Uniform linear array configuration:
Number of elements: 4
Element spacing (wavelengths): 1
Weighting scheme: uniform
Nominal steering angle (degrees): -30
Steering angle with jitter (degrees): -29.125
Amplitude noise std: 0.05
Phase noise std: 0.05

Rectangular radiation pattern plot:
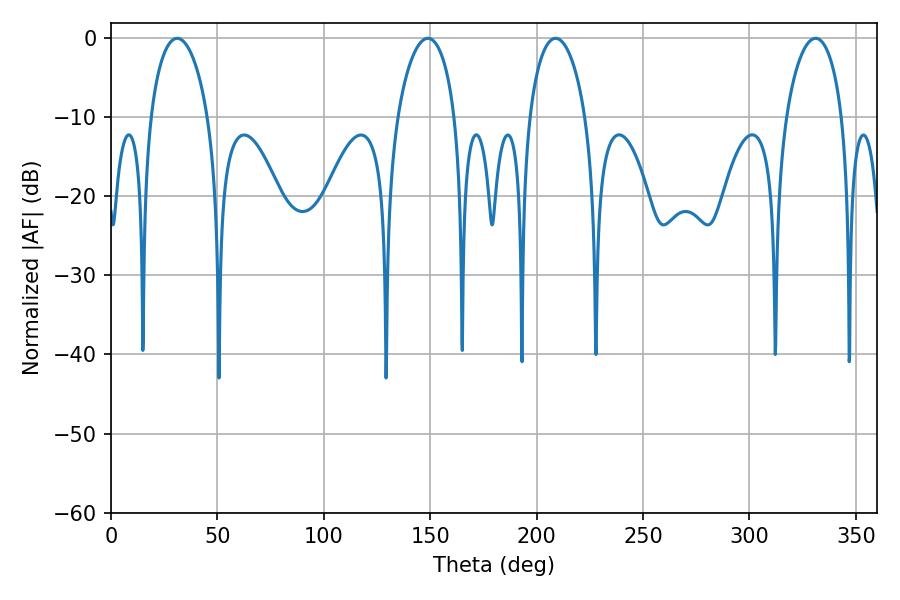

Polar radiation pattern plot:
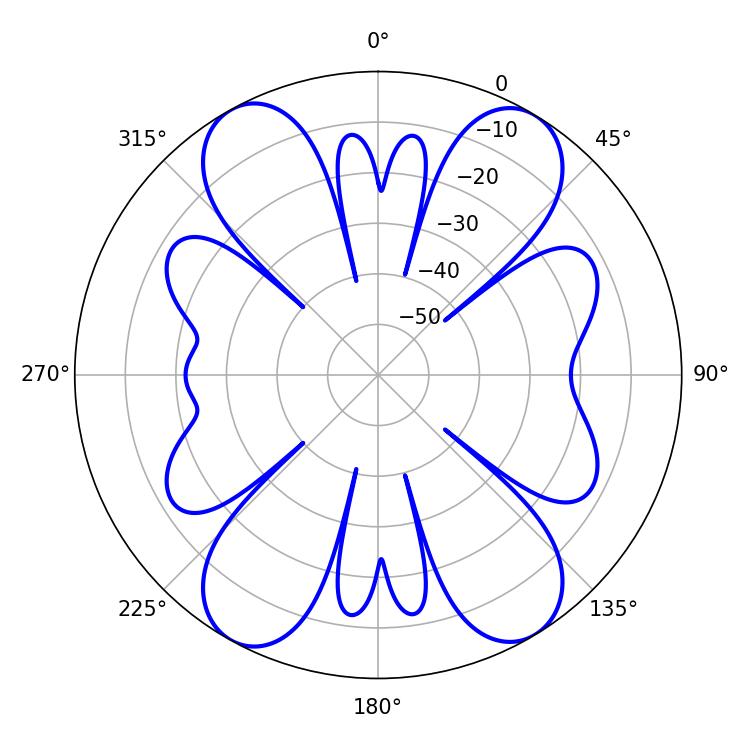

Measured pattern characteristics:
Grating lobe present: TRUE
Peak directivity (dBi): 18.173
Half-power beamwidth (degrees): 15.48
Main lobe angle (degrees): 31.14